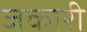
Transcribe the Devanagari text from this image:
जकारी